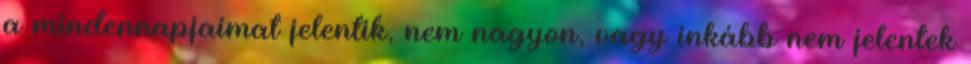
a mindennapjaimat jelentik, nem nagyon, vagy inkább nem jelentek